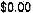
$0.00